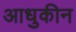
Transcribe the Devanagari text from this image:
आधुकीन